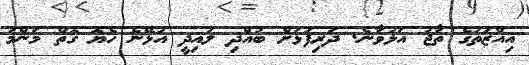
އިއްޒަތުގެ ތާޖު އަޅުވާނެ. ދަރިފުޅަށް ބުއްދި ލައިދީ އުޅޭނެ ހެޔޮ ގޮތް މަންމަ